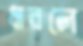
ধারলে